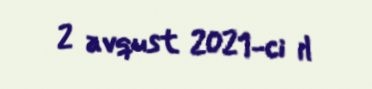
2 avqust 2021-ci il